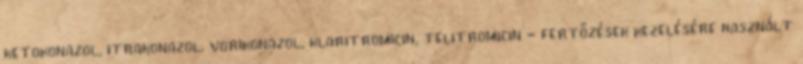
ketokonazol, itrakonazol, vorikonazol, klaritromicin, telitromicin - fertőzések kezelésére használt